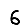
Digit: 6